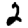
Digit: 2